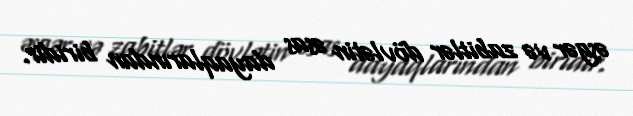
əsgər və zabitlər dövlətin əsas dayaqlarından biridir.